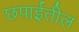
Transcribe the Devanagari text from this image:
छपाईतील